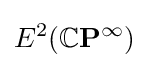
E^{2}(\mathbb {C} \mathbf {P} ^{\infty })